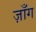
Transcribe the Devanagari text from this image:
ज़ाँग